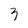
Character: 3